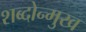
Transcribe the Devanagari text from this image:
शब्दोन्मुख